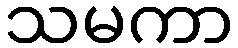
သမကာ